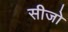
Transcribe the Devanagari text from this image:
सीजो